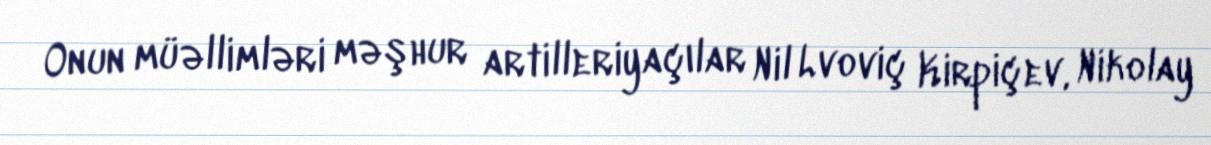
Onun müəllimləri məşhur artilleriyaçılar Nil Lvoviç Kirpiçev, Nikolay